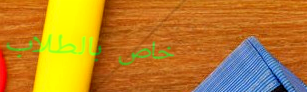
خاص بالطلاب